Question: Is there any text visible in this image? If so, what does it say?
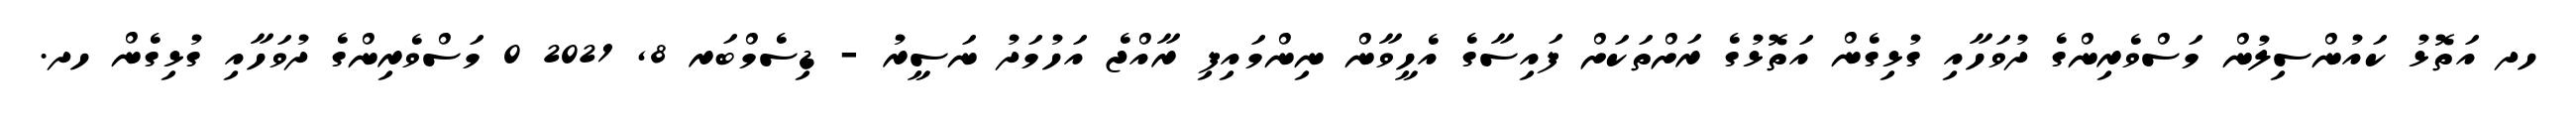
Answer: ހދ އަތޮޅު ކައުންސިލުން މަސްވެރިންގެ ދުވަހާއި ގުޅިގެން އަތޮޅުގެ ރަށްތަކަށް ފައިސާގެ އެހީވާން ނިންމައިފި ރާއްޖެ އަހުމަދު ނަސީރު - ޑިސެމްބަރ 8, 2021 0 މަސްވެރިންގެ ދުވަހާއި ގުޅިގެން ހދ.